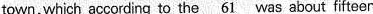
town, which according to the \underline{61} was about fifteen